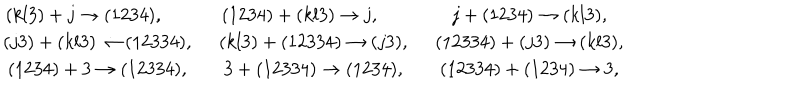
\begin{array} { c c c } { { ( k l 3 ) + j \rightarrow ( 1 2 3 4 ) , \qquad } } & { { ( 1 2 3 4 ) + ( k l 3 ) \rightarrow j , \qquad } } & { { j + ( 1 2 3 4 ) \rightarrow ( k l 3 ) , } } \\ { { ( j 3 ) + ( k l 3 ) \rightarrow ( 1 2 3 3 4 ) , \, \, \, } } & { { ( k l 3 ) + ( 1 2 3 3 4 ) \rightarrow ( j 3 ) , \, \, \, } } & { { ( 1 2 3 3 4 ) + ( j 3 ) \rightarrow ( k l 3 ) , } } \\ { { ( 1 2 3 4 ) + 3 \rightarrow ( 1 2 3 3 4 ) , \, \, \, } } & { { 3 + ( 1 2 3 3 4 ) \rightarrow ( 1 2 3 4 ) , \, \, \, } } & { { ( 1 2 3 3 4 ) + ( 1 2 3 4 ) \rightarrow 3 , } } \\ \end{array}